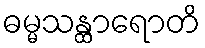
ဓမ္မသန္ထာရောတိ